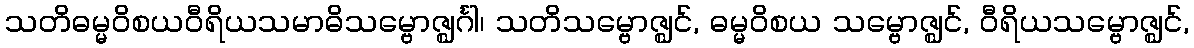
သတိဓမ္မဝိစယဝီရိယသမာဓိသမ္ဗောဇ္ဈင်္ဂါ၊ သတိသမ္ဗောဇ္ဈင်, ဓမ္မဝိစယ သမ္ဗောဇ္ဈင်, ဝီရိယသမ္ဗောဇ္ဈင်,